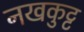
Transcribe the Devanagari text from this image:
नखकुट्ट